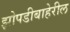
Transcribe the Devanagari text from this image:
झोपडीबाहेरील